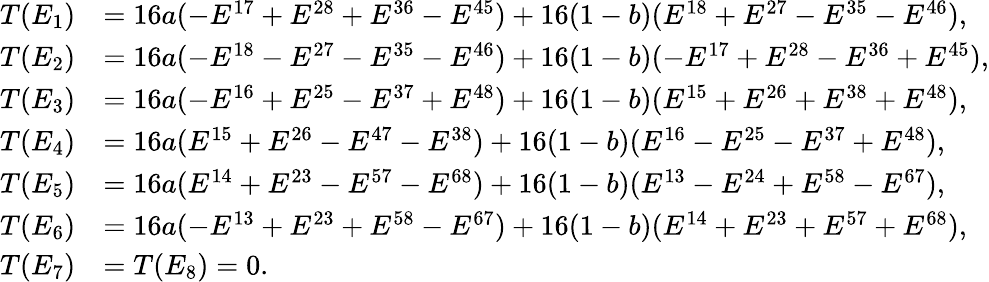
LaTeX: \begin{array}{rl}{T(E_{1})}&{=16a(-E^{17}+E^{28}+E^{36}-E^{45})+16(1-b)(E^{18}+E^{27}-E^{35}-E^{46}),}\\ {T(E_{2})}&{=16a(-E^{18}-E^{27}-E^{35}-E^{46})+16(1-b)(-E^{17}+E^{28}-E^{36}+E^{45}),}\\ {T(E_{3})}&{=16a(-E^{16}+E^{25}-E^{37}+E^{48})+16(1-b)(E^{15}+E^{26}+E^{38}+E^{48}),}\\ {T(E_{4})}&{=16a(E^{15}+E^{26}-E^{47}-E^{38})+16(1-b)(E^{16}-E^{25}-E^{37}+E^{48}),}\\ {T(E_{5})}&{=16a(E^{14}+E^{23}-E^{57}-E^{68})+16(1-b)(E^{13}-E^{24}+E^{58}-E^{67}),}\\ {T(E_{6})}&{=16a(-E^{13}+E^{23}+E^{58}-E^{67})+16(1-b)(E^{14}+E^{23}+E^{57}+E^{68}),}\\ {T(E_{7})}&{=T(E_{8})=0.}\end{array}